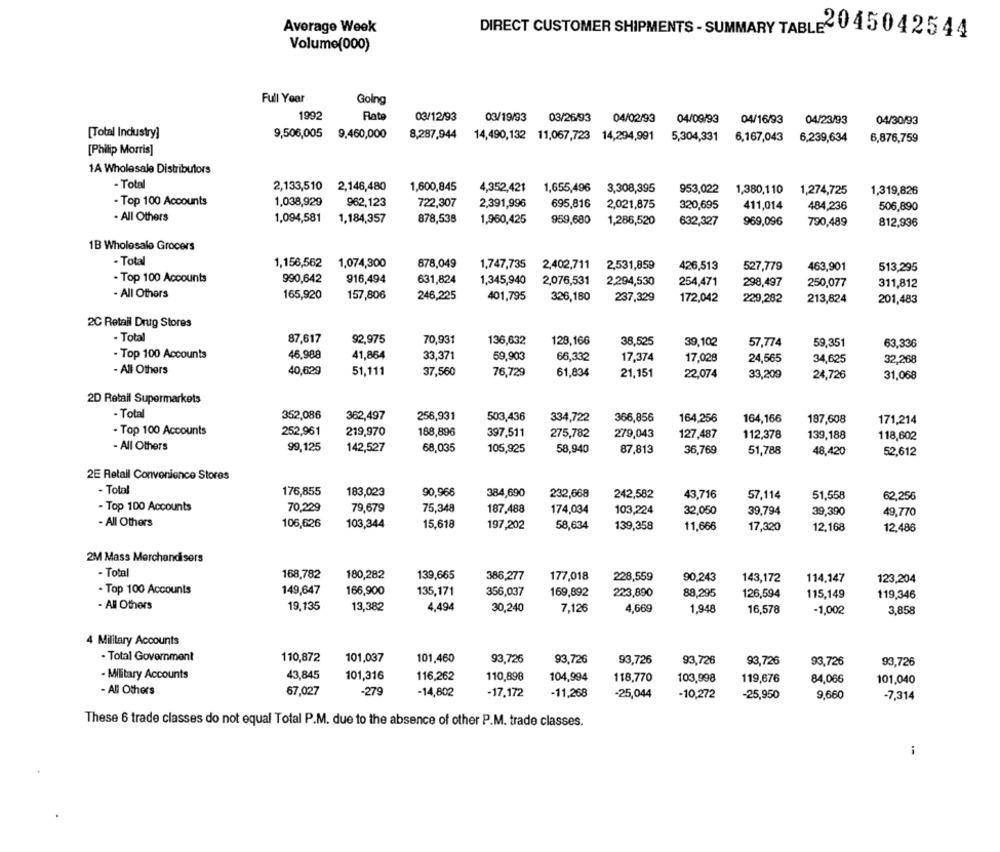
Average Week
DIRECT CUSTOMER SHIPMENTS - SUMMARY TABLE2 045042544
Volume(000)
Full Year
Going
1992
Rate
03/12/93
03/19/93
03/26/93
04/02/93
04/09/93
04/16/93
04/23/93
04/30/93
[Total Industry]
9,506,005
9,460,000
8,287,944
14,490,132 11,067,723 14,294,991
5,304,331
6,167,043
6,239,634
6,876,759
[Philip Morris]
1A Wholesale Distributors
- Total
2,133,510 2,146,480
1,600,845
4,352,421
1,655,496
3,308,395
953,022
1,380,110
1,274,725
1,319,826
- Top 100 Accounts
1,038,929
962,123
722,307
2,391,996
695,816
2,021,875
320,695
411,014
484,236
506,890
- All Others
1,094,581 1,184,357
878,538
1,960,425
959,680
1,286,520
632,327
969,096
790,489
812,936
1B Wholesale Grocers
- Total
1,156,562
1,074,300
878,049
1,747,735
2,402,711
2,531,859
463,901
426,513
527,779
513,295
- Top 100 Accounts
990,642
916,494
631,824
1,345,940
2,076,531
2,294,530
254,471
298,497
250,077
311,812
- All Others
165,920
157,806
246,225
401,795
326,180
237,329
172,042
229,282
213,824
201,483
2C Retail Drug Stores
- Total
87,617
92,975
70,931
136,632
128,166
38,525
39,102
57,774
59.351
63,336
- Top 100 Accounts
46,988
41,864
33,371
59,903
66,332
17,374
17,028
24,565
34,625
32,268
- All Others
40,629
51,111
37,560
76,729
61,834
21,151
22,074
33,209
24,726
31,068
2D Retail Supermarkets
- Total
352,086
362,497
256,931
503,436
334,722
366,856
164,256
164,166
187,608
171,214
- Top 100 Accounts
252,961
219,970
188,896
397,511
275,782
279,043
127,487
112,378
139,188
118,602
- All Others
99,125
142,527
68,035
105,925
58,940
87,813
36,769
51,788
48,420
52,612
2E Retail Convenience Stores
- Total
176,855
183,023
90,966
384,690
232,668
242,582
43,716
57,114
51.558
62,256
- Top 100 Accounts
70,229
79,679
75,348
187,488
174,034
103,224
32,050
39,794
39,390
49,770
- All Others
106,626
103,344
15,618
197,202
58,634
139,358
11,666
17,320
12,168
12,486
2M Mass Merchandisers
- Total
168,782
180,282
139,665
386,277
177,018
228,559
90,243
143,172
114,147
123,204
- Top 100 Accounts
149,647
166,900
135,171
356,037
169,892
223,890
88,295
126,594
115,149
119,346
- All Others
19,135
13,382
4,494
30,240
7,126
4,669
1,948
16,578
-1,00
3,858
4 Military Accounts
- Total Government
110,872
101,037
101,460
93,726
93,726
93,726
93,726
93,72€
93,726
93,726
43,845
Military Accounts
101,316
116,262
110,898
104,994
118,770
103,998
119,676
84,066
101,040
- All Others
67,027
-279
-14,802
-17,172
-11,268
-25,044
-10,272
-25,950
9,660
-7,314
These 6 trade classes do not equal Total P.M. due to the absence of other P.M. trade classes.
i